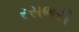
રસભરી